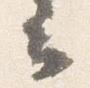
云